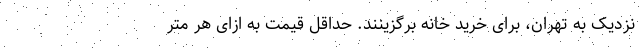
نزدیک به تهران، برای خرید خانه برگزینند. حداقل قیمت به ازای هر متر